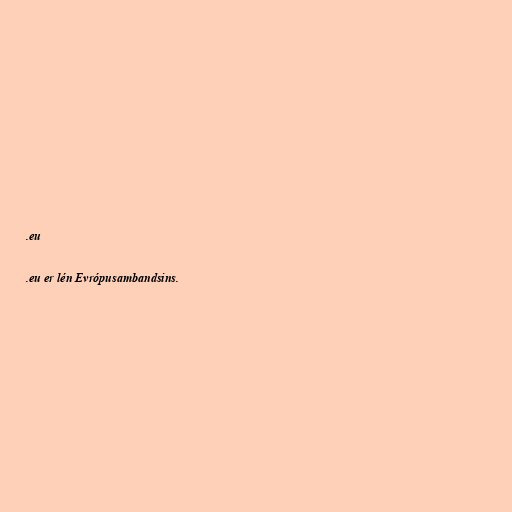
.eu

.eu er lén Evrópusambandsins.